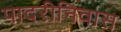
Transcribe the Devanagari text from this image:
पादरीनिवास